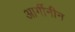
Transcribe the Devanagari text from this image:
आर्गीनीन